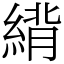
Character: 䋳